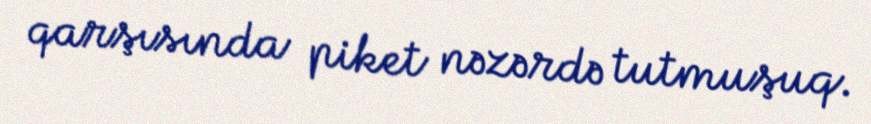
qarşısında piket nəzərdə tutmuşuq.